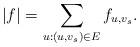
LaTeX: \begin{align*}|f| = \sum_{u:(u,v_s) \in E} f_{u,v_s}.\end{align*}